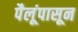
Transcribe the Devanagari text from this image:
पैलूंपासून